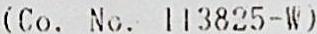
(CO. NO. 113825-W)